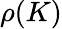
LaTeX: \rho(K)